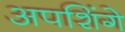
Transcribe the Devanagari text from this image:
अपशिंगे